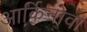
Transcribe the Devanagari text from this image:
आर्किनोवा